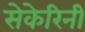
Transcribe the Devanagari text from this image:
सेकेरिनी